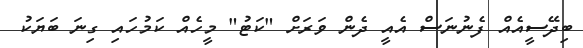
ބިދޭސީއެއް ފެނުނަސް އެއީ ދެން ވަރަށް "ކަޓު" މީހެއް ކަމުހައި ގިނަ ބަޔަކު